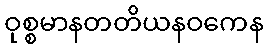
ဝုစ္စမာနတတိယနဝကေန